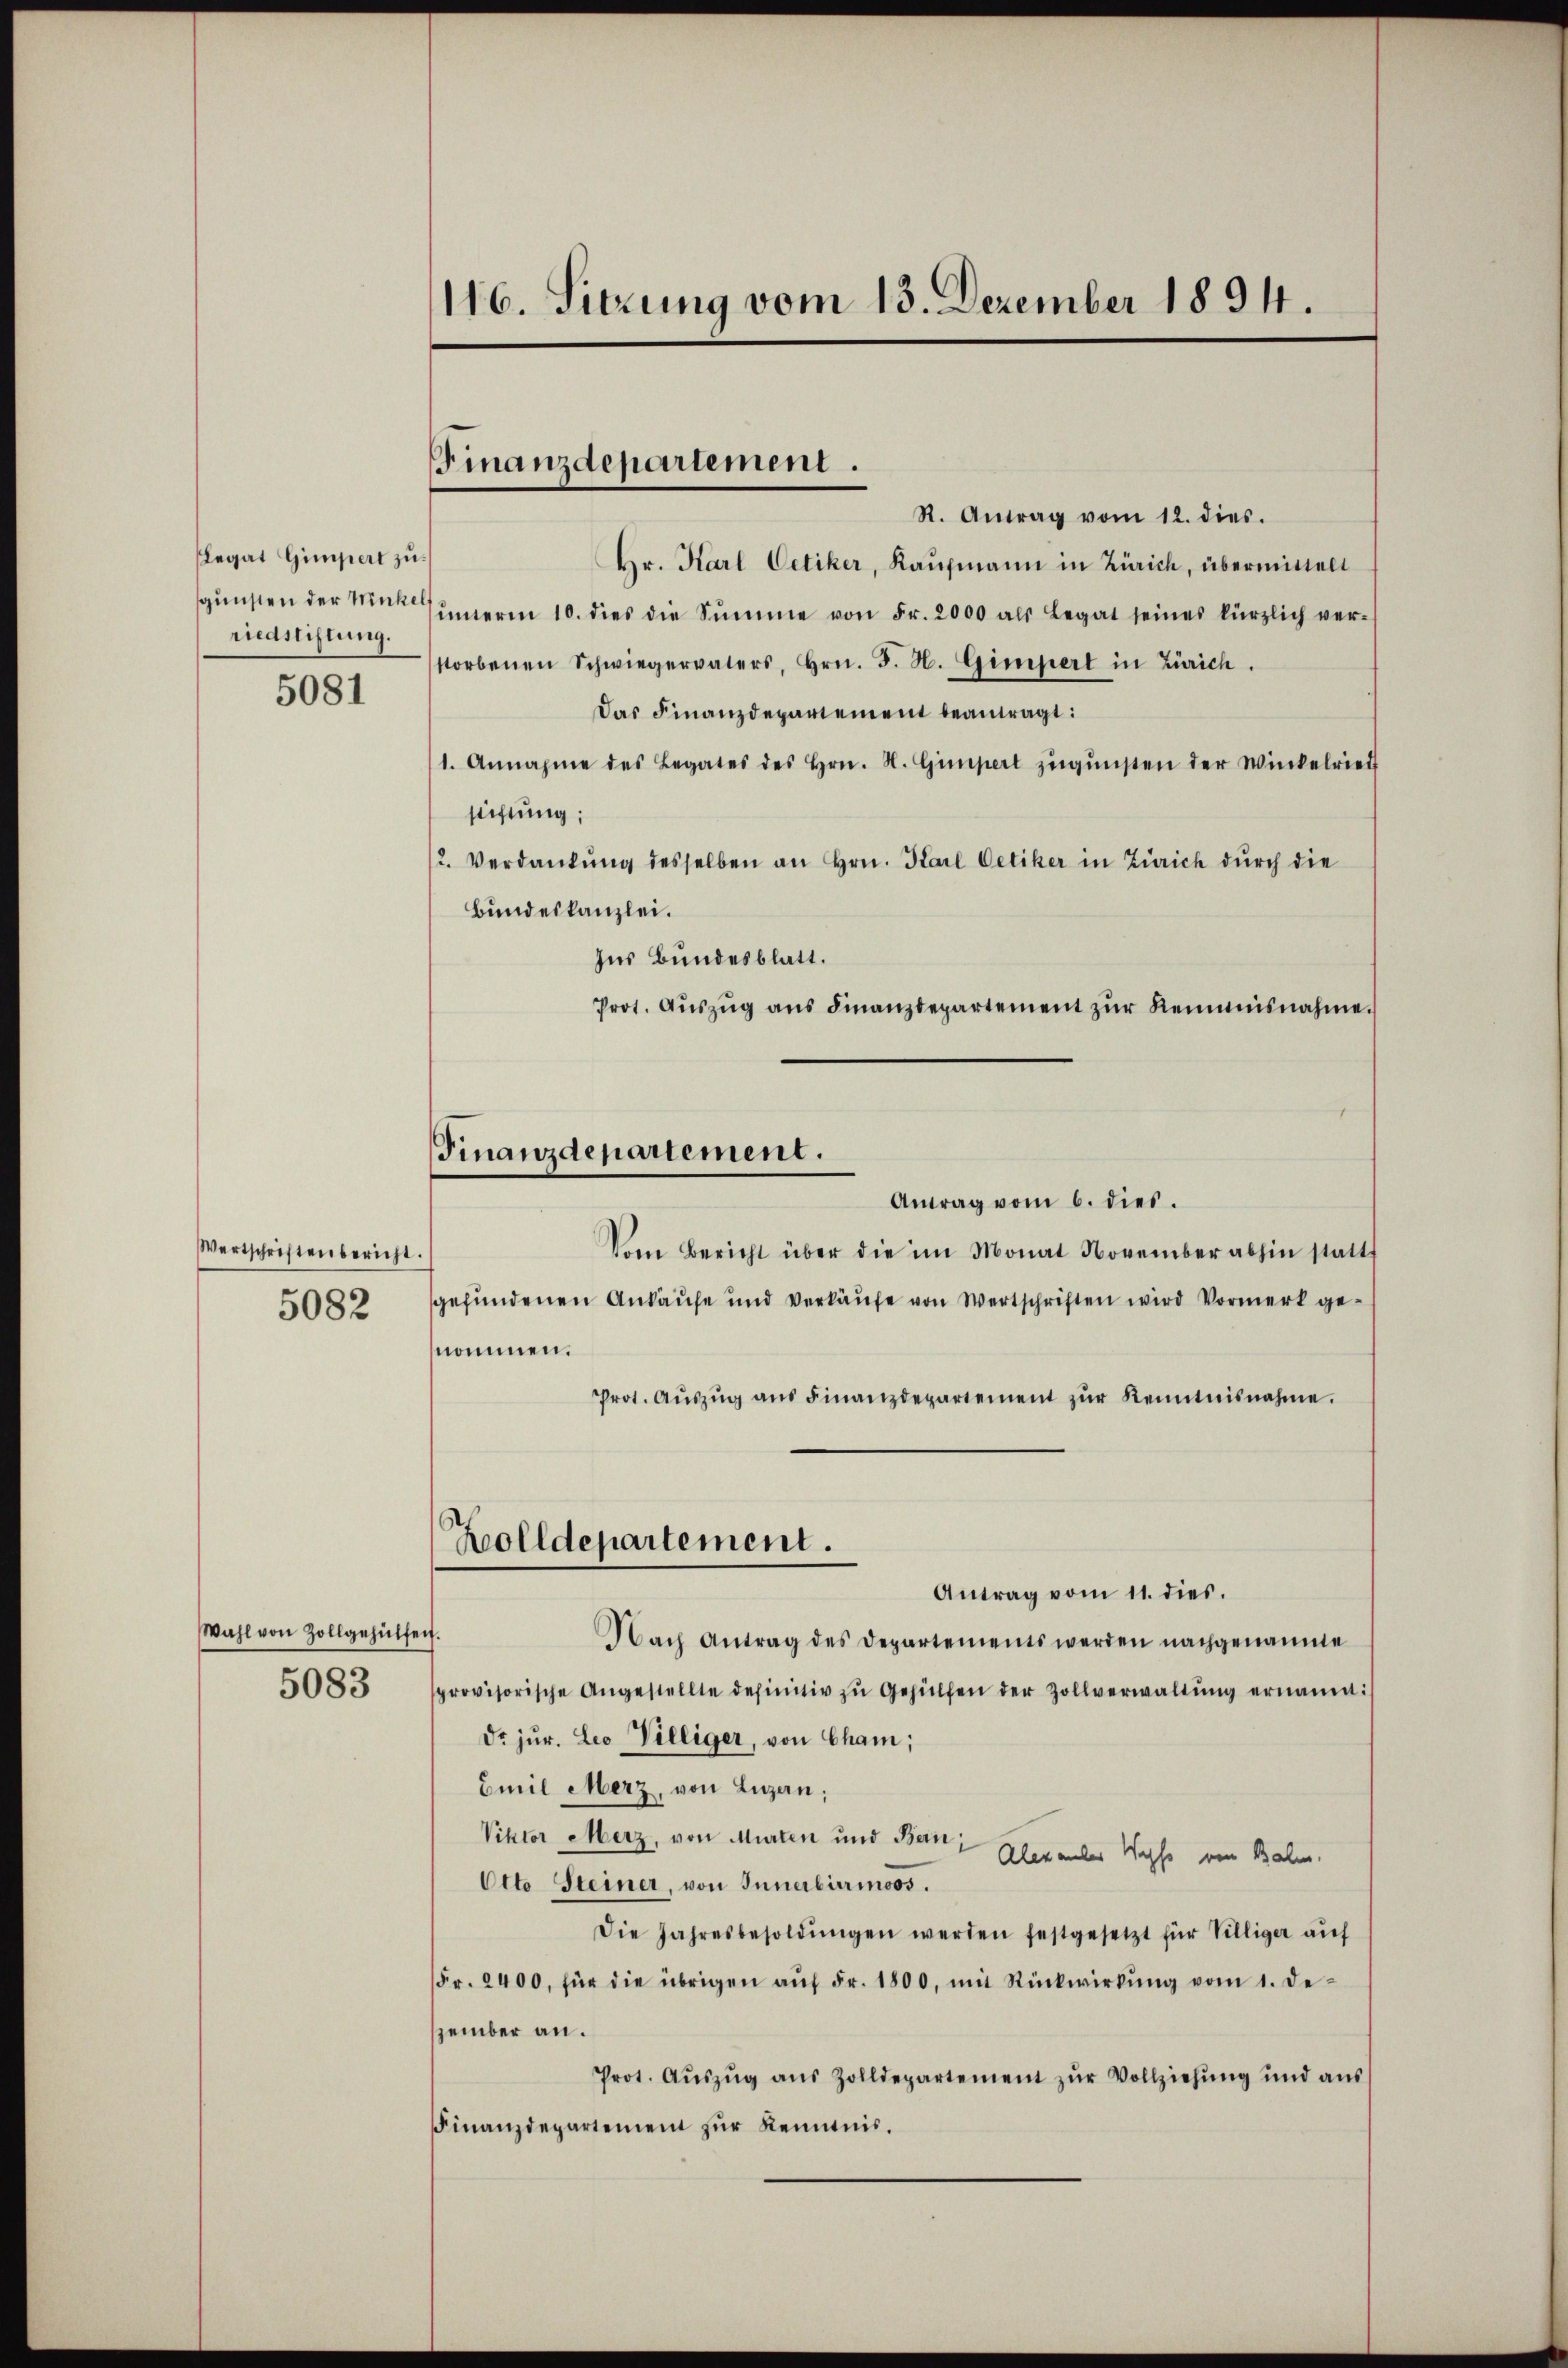
Legat Gimpert zu
gunsten der Minkel
redstiftung.
5081

Wertschriftenbericht.
5082

Wahl von Zollgehülfen.
5083

116. Sitzung vom 13. Dezember 1894.

Finanzdepartement.

Finanzdepartement.

R. Antrag vom 12. dies.
Hr. Karl Oetiker, Kaufmann in Zürich, übermittelt
unerm 10. dies die Summe von Fr. 2000 als Legat seines kürzlich ver-
storbenen Schwiegervaters, Hrn. J. H. Gimpert in Zürich.
Das Finanzdepartement beantragt:
1. Annahme des Legates des Hrn. N. Gimpert zŭgŭnsten der Winkelriet
stiftung;
2. Verdankŭng desselben an Hrn. Karl Oetiker in Zürich dŭrch die
Bundeskanzlei.
Ins Bundesblatt.
Prot. Aŭszŭg ans Finanzdepartement zŭr Reimnisnahme.
Antrag vom 6. dies.
Vom Bericht über die im Monat November abhin statt
gefundenen Ankaufe und Verkäufe von Wertschriften wird Vormerk genommen.
Prot. Aŭszŭg aŭs Finanzdepartement zŭr Kenntnisnahme.
Zolldepartement.
Antrag vom 11. dies.
Nach Antrag des Departements werden nachgenannte
sprovisorische Angestellte definitiv zŭ Gehülfen der Zollverwaltŭng ernannt:
Dr. jur. Leo Villiger, von Cham;
Emil Merz, von Lugan;
Viktor Merz, von Murten und Bern;
Alexander Wyss von Balm
Otto Steiner, von Innerbirmoos.
Die Jahresbesoldŭngen werden festgesetzt für Villiger auf
Fr. 2400, für die übrigen aŭf Fr. 1800, mit Rückwirkŭng vom 1. De-
zember an.
Prot. Aŭszŭg aŭs Zolldepartement zŭr Vollziehŭng und aŭs
Finanzdepartement zur Kenntnis.